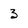
Character: 3